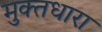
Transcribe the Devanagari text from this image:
मुक्तधारा